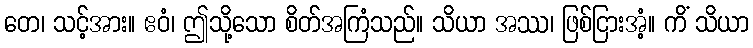
တေ၊ သင့်အား။ ဧဝံ၊ ဤသို့သော စိတ်အကြံသည်။ သိယာ အဿ၊ ဖြစ်ငြားအံ့။ ကိံ သိယာ